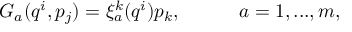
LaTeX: G _ { a } ( q ^ { i } , p _ { j } ) = \xi _ { a } ^ { k } ( q ^ { i } ) p _ { k } , ~ ~ ~ ~ ~ ~ ~ ~ ~ a = 1 , . . . , m ,